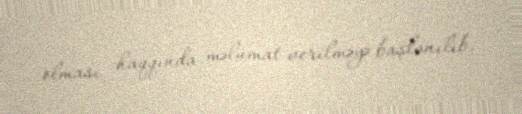
olması haqqında məlumat verilməyə başlanılıb.